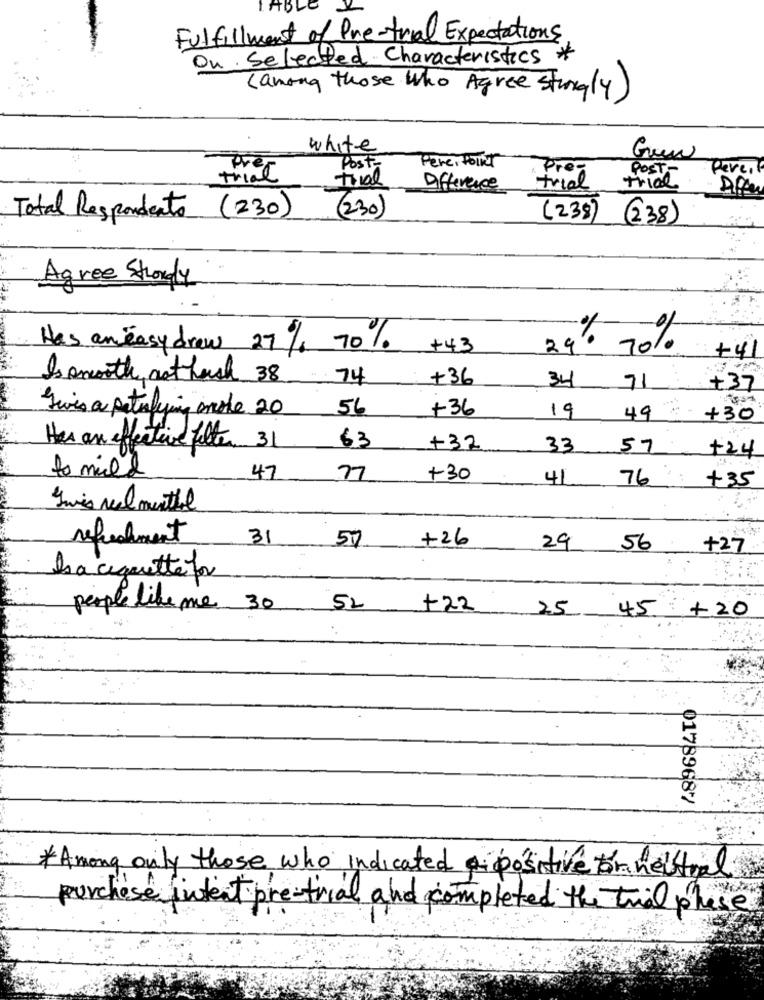
TABLE
Fulfillment of Pre-trial Expectations,
On Selected Characteristics *
(among those who Agree strongly)
white
Pere , Poulet
Gren
Pre
Post-
Pere,
trial
Trval
Pre-
POST
Difference
trial
(230)
Total Respondents (230)
(238)
(238)
Agree Strongly
Has aneasy drew 27% 70%
+43
29º
29% 70%
+41
Is anorth act hach 38
+36
74
34 71
+37
56
+36
Gives a patinlying mode 20
19
49
+30
Has an effective filter 31
63
+32
33
57
+24
to mild
47
77
+30
41
76
+35
Swis real menthal
refreshment
31
+26
57
29
.56
+27.
Isa ciquettefor
people likeme 30 52
+22
25 45 +20
01789687
* Among only those who indicated a positive for neutral
purchase intent pre-trial and completed the trial phase